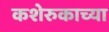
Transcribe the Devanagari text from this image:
कशेरुकाच्या